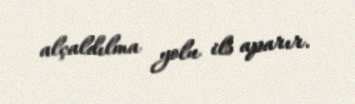
alçaldılma yolu ilə aparır.